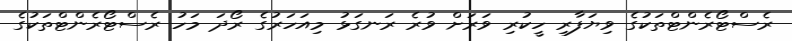
ރެސްޓޯރެންޓްތަކުގެ ވިޔަފާރި ހީކުރި ވަރަށް ވުރެ ރަނގަޅު މިއަހަރުގެ ރޯދަ މަހު ރެސްޓޯރެންޓްތަކުގެ